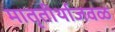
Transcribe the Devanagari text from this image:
मातृतीर्थाजवळ